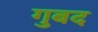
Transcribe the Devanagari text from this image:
गुबद